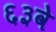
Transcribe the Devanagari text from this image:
६३वे